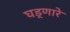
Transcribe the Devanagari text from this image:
घड्णारे